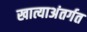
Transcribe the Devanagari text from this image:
खात्याअंतर्गत